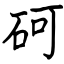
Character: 砢